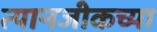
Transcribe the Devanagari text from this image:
त्यानजीकच्या